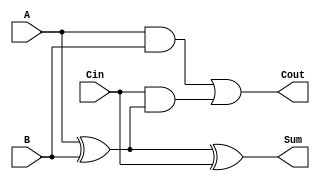
module FullAdder (
    input wire A,      // First input bit
    input wire B,      // Second input bit
    input wire Cin,    // Carry-in bit
    output wire Sum,   // Sum output
    output wire Cout   // Carry-out output
);

// Intermediate signals
wire AxorB;         // Intermediate result from A XOR B
wire AandB;         // A AND B
wire CinAndAxorB;   // Cin AND (A XOR B)

// Logic operations
assign AxorB = A ^ B;                // First XOR gate
assign Sum = AxorB ^ Cin;            // Second XOR gate for Sum
assign AandB = A & B;                 // First AND gate
assign CinAndAxorB = Cin & AxorB;     // Second AND gate
assign Cout = AandB | CinAndAxorB;    // OR gate for Cout

endmodule